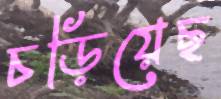
চড়িয়েছ